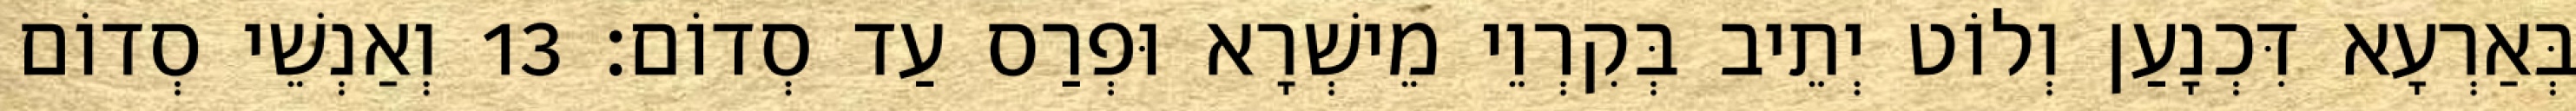
בְּאַרְעָא דִּכְנָעַן וְלוֹט יְתֵיב בְּקִרְוֵי מֵישְׁרָא וּפְרַס עַד סְדוֹם׃ 13 וְאַנְשֵׁי סְדוֹם